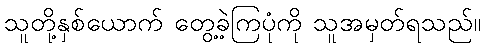
သူတို့နှစ်ယောက် တွေ့ခဲ့ကြပုံကို သူအမှတ်ရသည်။